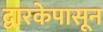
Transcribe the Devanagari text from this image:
द्वारकेपासून